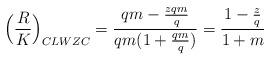
LaTeX: \begin{align*}\Big(\frac{R}{K}\Big)_{CLWZC} &= \frac{qm - \frac{zqm}{q}}{qm(1 + \frac{qm}{q})} = \frac{1 - \frac{z}{q}}{1 + m}\end{align*}